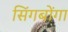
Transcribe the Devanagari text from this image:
सिंगबोंगा